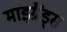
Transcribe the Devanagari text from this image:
माइग्रैंड्स